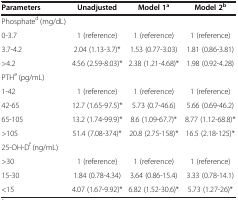
<table><thead><tr><td><b>Parameters</b></td><td><b>Unadjusted</b></td><td><b>Model 1<sup>a</sup></b></td><td><b>Model 2<sup>b</sup></b></td></tr></thead><tbody><tr><td>Phosphate<sup>d</sup> (mg/dL)</td><td> </td><td> </td><td> </td></tr><tr><td>0-3.7</td><td>1 (reference)</td><td>1 (reference)</td><td>1 (reference)</td></tr><tr><td>3.7-4.2</td><td>2.04 (1.13-3.7)*</td><td>1.53 (0.77-3.03)</td><td>1.81 (0.86-3.81)</td></tr><tr><td>&gt;4.2</td><td>4.56 (2.59-8.03)*</td><td>2.38 (1.21-4.68)*</td><td>1.98 (0.92-4.28)</td></tr><tr><td>PTH<sup>e</sup> (pg/mL)</td><td> </td><td> </td><td> </td></tr><tr><td>1-42</td><td>1 (reference)</td><td>1 (reference)</td><td>1 (reference)</td></tr><tr><td>42-65</td><td>12.7 (1.65-97.5)*</td><td>5.73 (0.7-46.6)</td><td>5.66 (0.69-46.2)</td></tr><tr><td>65-105</td><td>13.2 (1.74-99.9)*</td><td>8.6 (1.09-67.7)*</td><td>8.77 (1.12-68.8)*</td></tr><tr><td>&gt;105</td><td>51.4 (7.08-374)*</td><td>20.8 (2.75-158)*</td><td>16.5 (2.18-125)*</td></tr><tr><td>25-OH-D<sup>f</sup> (ng/mL)</td><td> </td><td> </td><td> </td></tr><tr><td>&gt;30</td><td>1 (reference)</td><td>1 (reference)</td><td>1 (reference)</td></tr><tr><td>15-30</td><td>1.84 (0.78-4.34)</td><td>3.64 (0.86-15.4)</td><td>3.33 (0.78-14.1)</td></tr><tr><td>&lt;15</td><td>4.07 (1.67-9.92)*</td><td>6.82 (1.52-30.6)*</td><td>5.73 (1.27-26)*</td></tr></tbody></table>